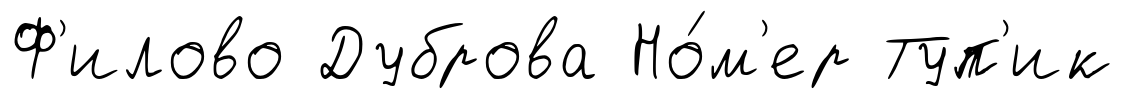
Ф'илово Дуброва Но́м'ер Туп'ик